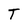
Character: T